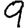
Digit: 9